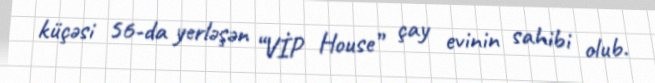
küçəsi 56-da yerləşən “VİP House” çay evinin sahibi olub.